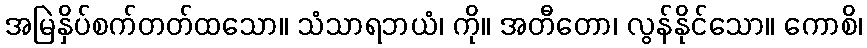
အမြဲနှိပ်စက်တတ်ထသော။ သံသာရဘယံ၊ ကို။ အတီတော၊ လွန်နိုင်သော။ ကောစိ၊